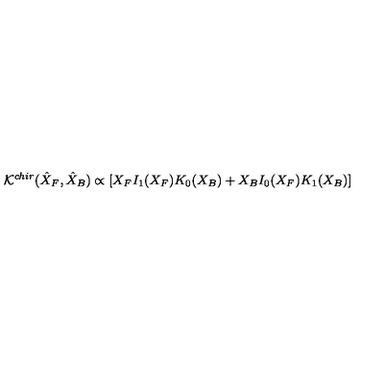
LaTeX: { \cal K } ^ { c h i r } ( \hat { X } _ { F } , \hat { X } _ { B } ) \propto \left[ X _ { F } I _ { 1 } ( X _ { F } ) K _ { 0 } ( X _ { B } ) + X _ { B } I _ { 0 } ( X _ { F } ) K _ { 1 } ( X _ { B } ) \right]